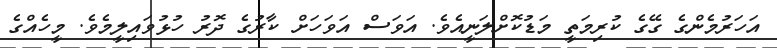
އަހަރުމެންގެ ގޭގެ ކުރިމަތީ މަޑުކޮށްލަނީއެވެ. އަވަސް އަވަހަށް ކާރުގެ ދޮރު ހުޅުވައިލީމެވެ. މީހެއްގެ